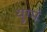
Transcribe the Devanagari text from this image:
युग्मं